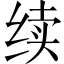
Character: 续